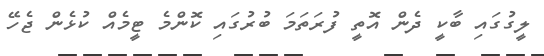
ލީގުގައި ބާކީ ދެން އޮތީ ފުރަތަމަ ބުރުގައި ކޮންމެ ޓީމެއް ކުޅެން ޖެހޭ